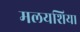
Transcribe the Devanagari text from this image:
मलयशिया